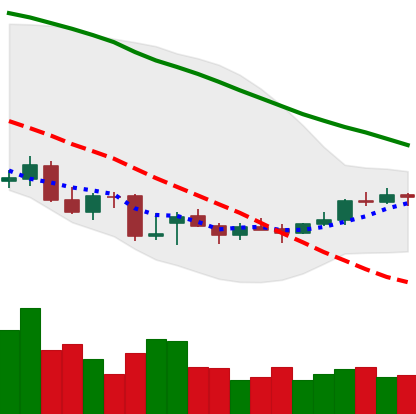
Ticker: ETC-USD
Chart end date: 2021-12-26
Forward return: -10.137%
Label: down_7plus